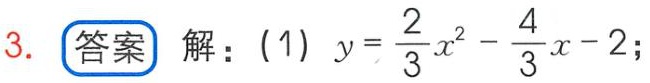
解：(1) \(y = \frac{2}{3}x^{2}-\frac{4}{3}x - 2\);